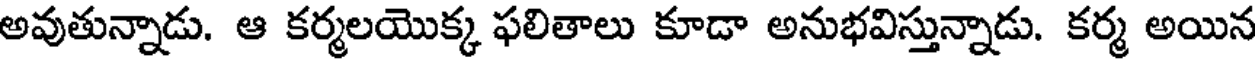
అవుతున్నాడు. ఆ కర్మలయొక్క ఫలితాలు కూడా అనుభవిస్తున్నాడు. కర్మ అయిన